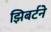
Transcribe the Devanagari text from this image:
झिबर्टने